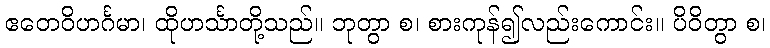
ဧတေဝိဟင်္ဂမာ၊ ထိုဟင်္သာတို့သည်။ ဘုတွာ စ၊ စားကုန်၍လည်းကောင်း။ ပိဝိတွာ စ၊